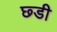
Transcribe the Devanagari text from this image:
छ्डी